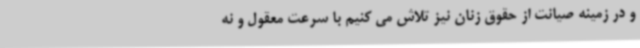
و در زمینه صیانت از حقوق زنان نیز تلاش می کنیم با سرعت معقول و نه